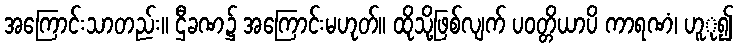
အကြောင်းသာတည်း။ ဌီခဏ၌ အကြောင်းမဟုတ်။ ထိုသို့ဖြစ်လျက် ပဝတ္တိယာပိ ကာရဏံ၊ ဟူု၍